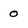
Character: 0